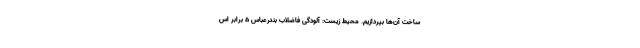
ساخت آن‌ها بپردازیم. محیط زیست: آلودگی فاضلاب بندرعباس ۵ برابر اس